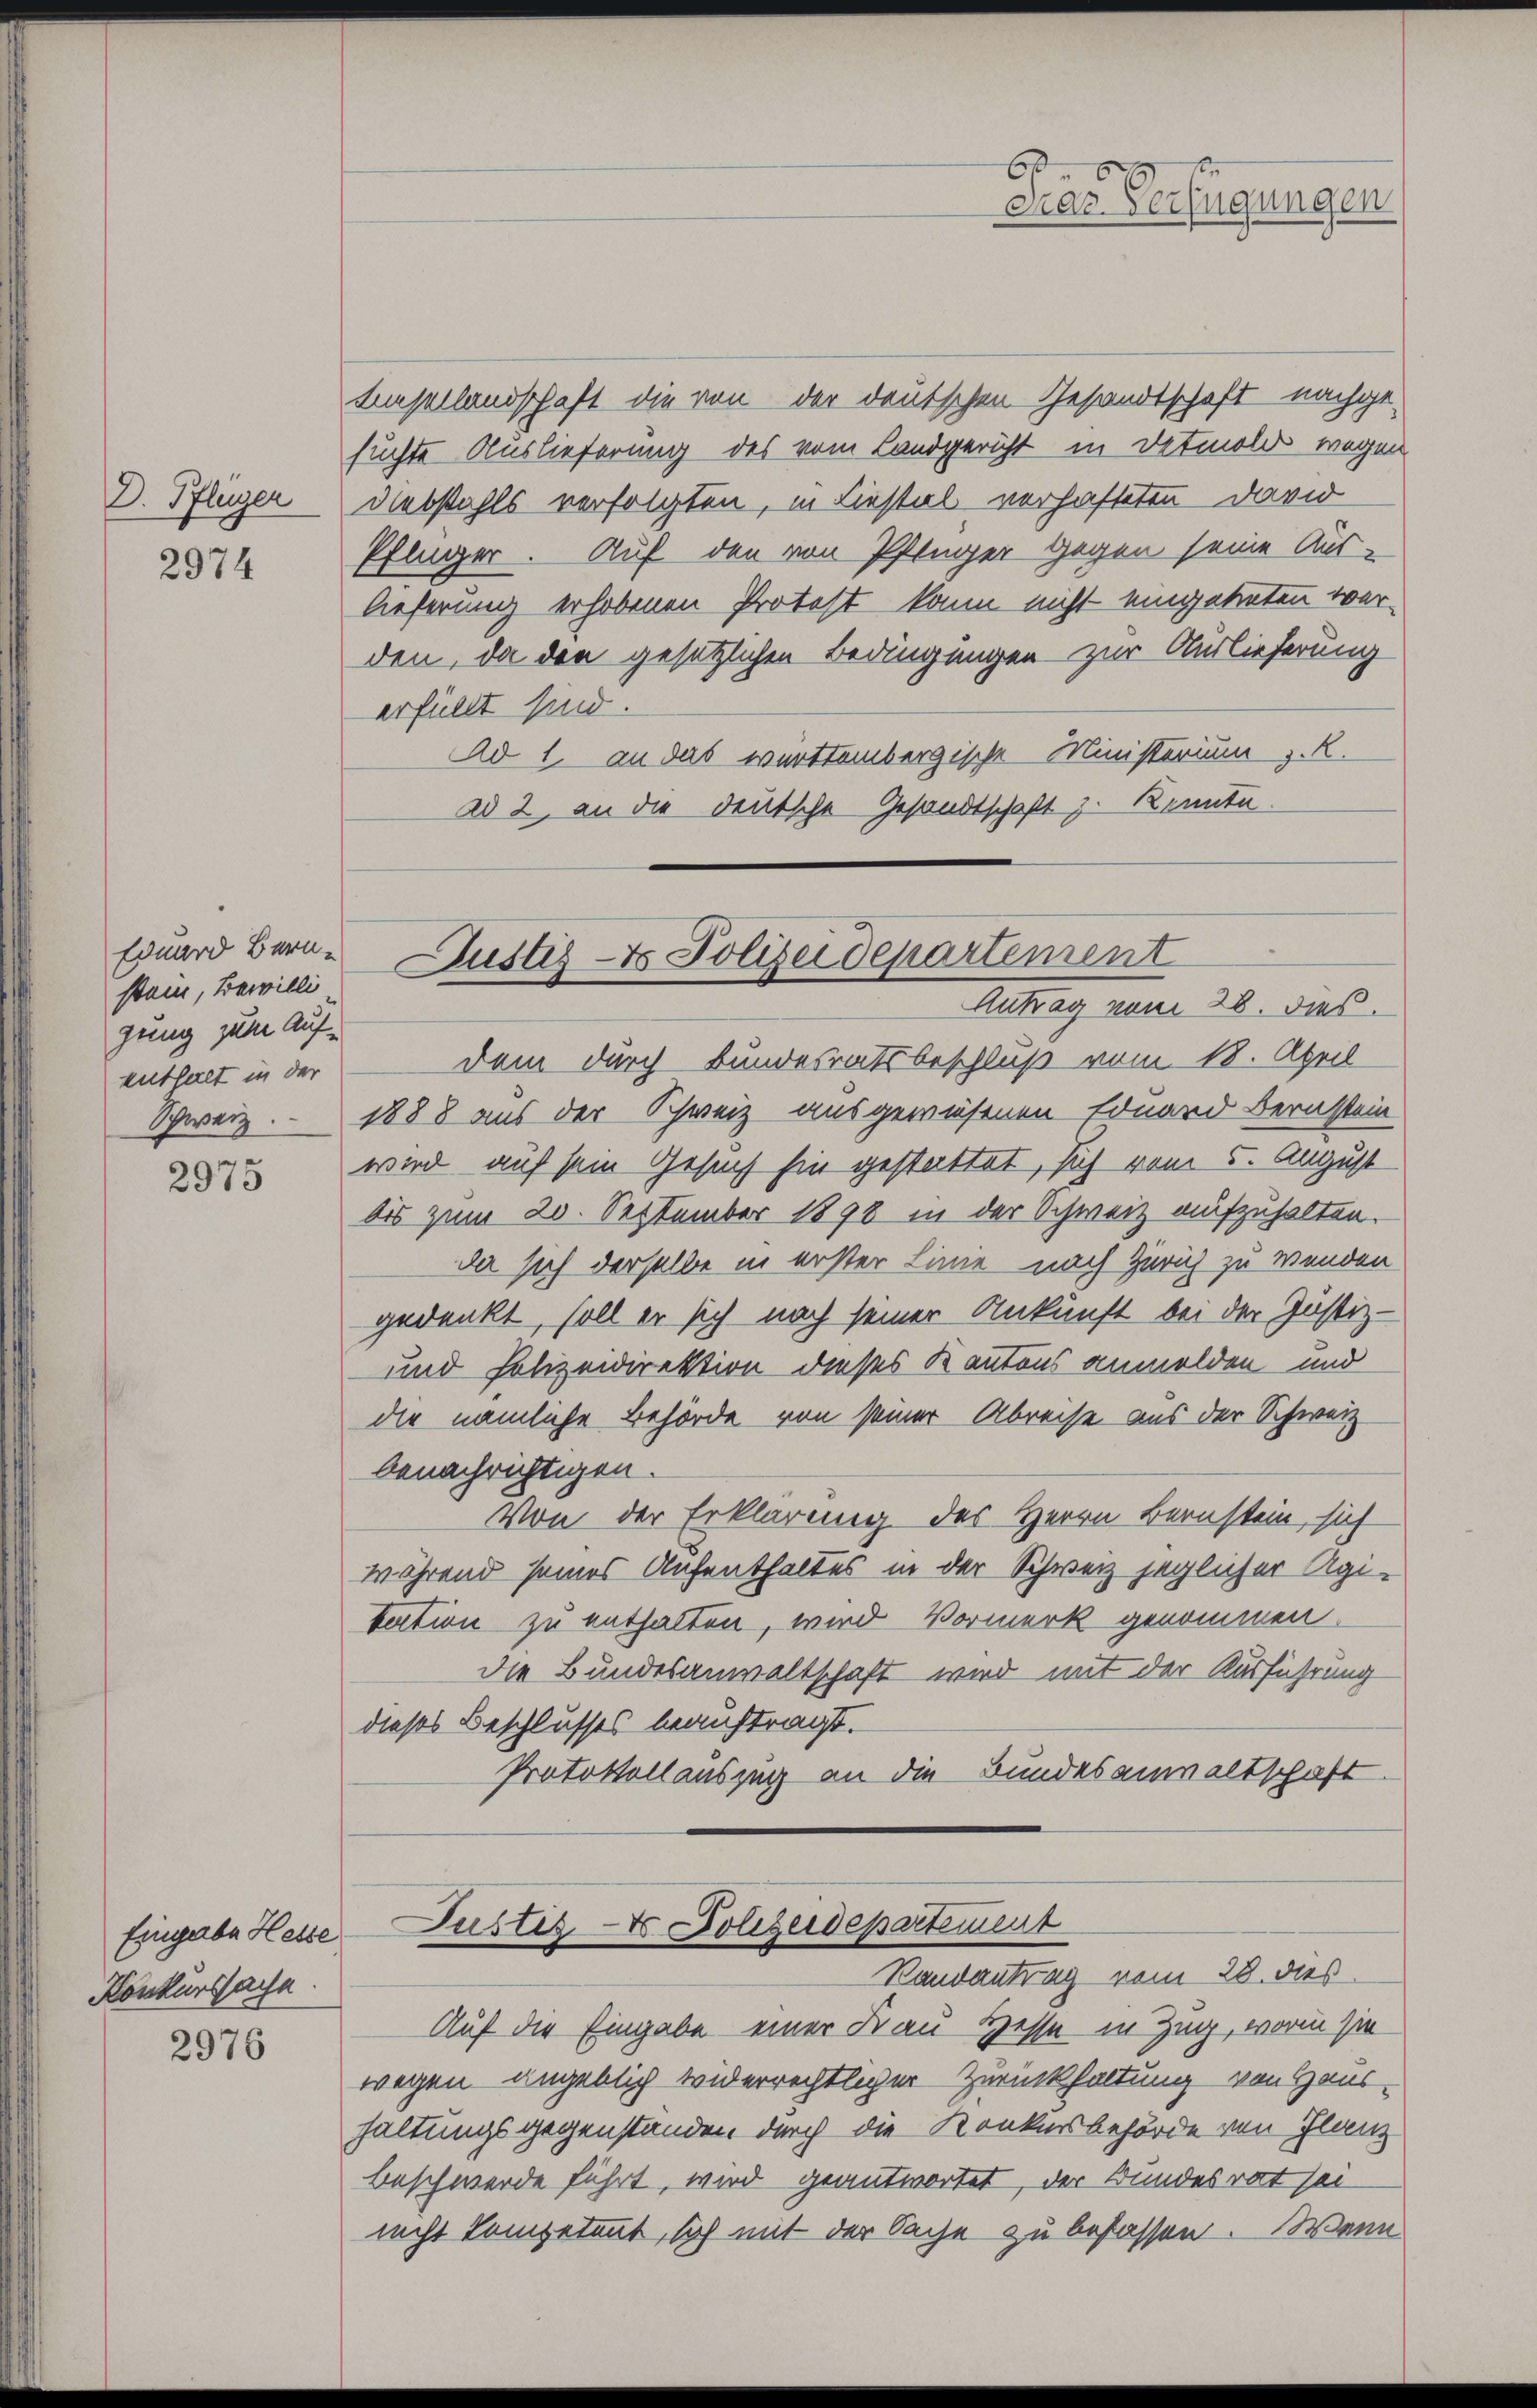
D. Pflüger

2974

Eduard Bernstein, Bewilli
gung zum Aufenthalt in der

2975

Eingabe Hesse
Konkurssache.

2976

Basellandschaft die von der deutschen Gesandtschaft nachge-
suchte Auslieferung des vom Landgericht in Detmold wegen
Diebstahls verfolgten, in Liestal verhafteten David
Pflüger. Auf den von Pflüger Gegen seine Aus-
lieferung erhobenen Protest, kann nicht eingetreten werden, da den gesetzlichen Bedingungen zur Auslieferung
erfüllt sind.
Ad 1. an das württembergische Ministerium z. R.
ad 2., an die deutsche Gesandtschaft z. Konnte.

Justiz- & Polizeidepartement
Antrag vom 28. dies

dem durch Bundesrathsbeschluß vom 18. April
Schweiz. - 1888 aus der Schweiz ausgewiesenen Eduard Bernstein
wird auf sein Gesuch hin gestattet, sich vom 5. August
bis zum 20. September 1898 in der Schweiz aufzuhalten.
da sich derselbe in erster Linie nach Zürich zu wenden
gedenkt, soll er sich nach seiner Ankunft bei der Justiz-
und Polizeidirektion dieses Kantons anmelden und
dir nämliche Behörde von seiner Abreise aus der Schweiz
benachrichtigen.
Von der Erklärung des Herrn Bernstein, sich
während seines Aufenthaltes in der Schweiz jeglicher Agibation zu enthalten, wird Vormerk genommen.
die Bundesanwaltschaft wird mit der Ausführung
dieses Beschlusses beauftragt.
Protokollauszug an die Bundesanwaltschaft

6
Mas. Verfügungen

Auf die Eingabe einer Frau Hesse in Zug, worin sie
wegen angeblich widerrechtlicher Zurückhaltung von Haus-
haltungsgegenständen durch die Konkursbehörde von Flanz
Beschwerde führt, wird geantwortet, der Bundesrat sei
nicht kompetent, sich mit der Sache zu befassen. Wenn

Justiz- & Polizeidepartement
Randantrag vom 28. dies